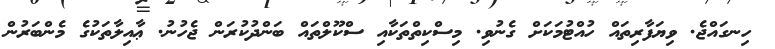
ހިނގައްޖެ. ވިޔަފާރިތައް ހުއްޓުމަކަށް ގެނުވި. މިސްކިތްތަކާއި ސްކޫލްތައް ބަންދުކުރަން ޖެހުނު. ޢާއިލާތަކުގެ މެންބަރުން